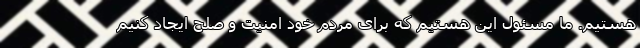
هستیم. ما مسئول این هستیم که برای مردم خود امنیت و صلح ایجاد کنیم